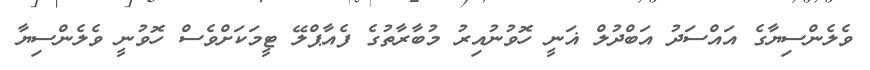
ވެލެންސިޔާގެ އައްސަދު އަބްދުލް ޣަނީ ހޮވުނުއިރު މުބާރާތުގެ ފެއާޕްލޭ ޓީމަކަށްވެސް ހޮވުނީ ވެލެންސިޔާ